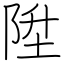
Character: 陞